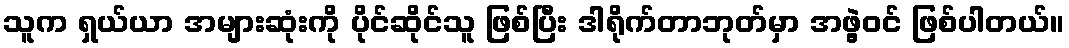
သူက ရှယ်ယာ အများဆုံးကို ပိုင်ဆိုင်သူ ဖြစ်ပြီး ဒါရိုက်တာဘုတ်မှာ အဖွဲ့ဝင် ဖြစ်ပါတယ်။